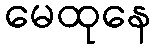
မေထုနေ